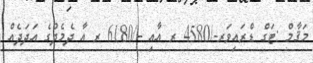
މަޤާމް :ޓަގް ޑްރައިވަރ-/4580 ރ އާއި -/6180 ރ އާ ދެމެދުގެ އަދަދެއް